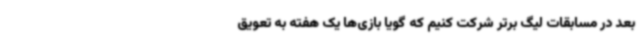
بعد در مسابقات لیگ برتر شرکت کنیم که گویا بازی‌ها یک هفته به تعویق